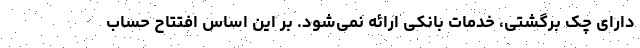
دارای چک برگشتی، خدمات بانکی ارائه نمی‌شود. بر این اساس افتتاح حساب